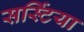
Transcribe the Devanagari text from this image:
सर्स्टिया